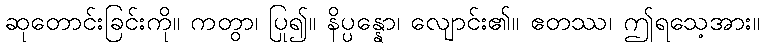
ဆုတောင်းခြင်းကို။ ကတွာ၊ ပြု၍။ နိပ္ပန္နော၊ လျောင်း၏။ ဧတဿ၊ ဤရသေ့အား။